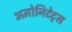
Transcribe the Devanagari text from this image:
अमोनिटेट्स